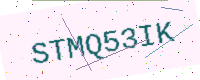
Text: STMQ53IK